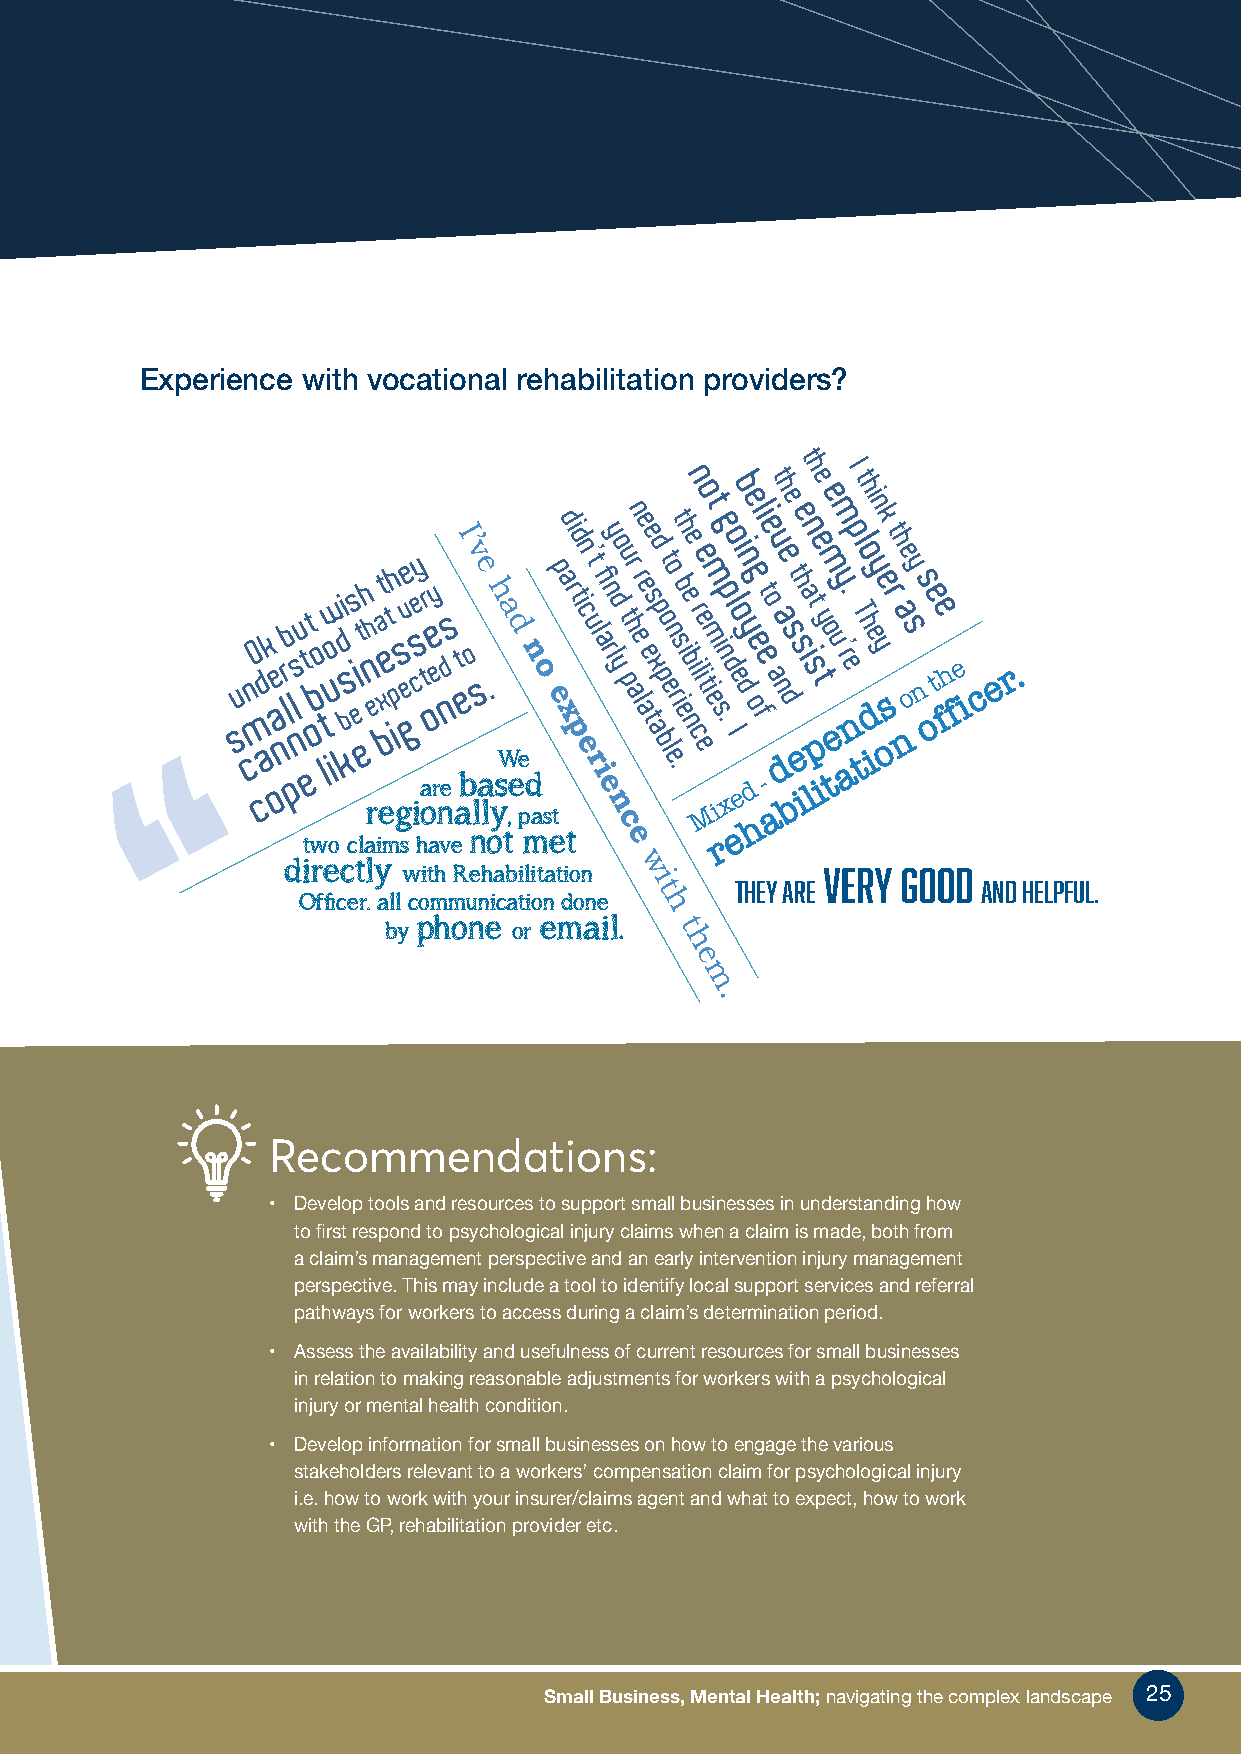
Experience with vocational rehabilitation providers?
 t
 h  I
 su cn mO cd ak e oa nr lb pls
 n
 u t et o bo lt iow u i d b
 k
 ss i et eh
 r
 nh e et a x bet ih p gs eve g
 i
 ce sy
 a
 or t oe rey
 n
 ed ns I
 a
 ’ t bv ee o
 l
 s
 a
 lh . ya sWd
 ,e
 n
 pe
 do
 a
 e sp x tad r pi d ti en c’ u rt l ifi a erny l nd yo u t phr an e lr ae e ee ts x ad p p
 b
 ot e lo n er .s it b eh ie b
 nen
 i
 c
 r le io e etm m it e
 M
 sig p n .
 i
 do l o Ie ib xn y de eg e ol fei dte o v a
 -
 at
 neh as de t ds e h bin a s
 e
 ite t
 e
 lym e o
 p
 ium y ’ tr. eep l T
 at
 o nhh y tei n ye ik d r t oah se s y
 n
 os e ne ot h ffie c e r.
 two claims have not met c e r e h
 directly
 with Rehabilitation w      very  good
 i
 Officer. all communication done t They are   and helpful.
 h
 phone   email.
 by       or         t
 h
 e
 m
 .
 Recommendations:
 • Develop tools and resources to support small businesses in understanding how
 to first respond to psychological injury claims when a claim is made, both from
 a claim’s management perspective and an early intervention injury management
 perspective. This may include a tool to identify local support services and referral
 pathways for workers to access during a claim’s determination period.
 • Assess the availability and usefulness of current resources for small businesses
 in relation to making reasonable adjustments for workers with a psychological
 injury or mental health condition.
 • Develop information for small businesses on how to engage the various
 stakeholders relevant to a workers’ compensation claim for psychological injury
 i.e. how to work with your insurer/claims agent and what to expect, how to work
 with the GP, rehabilitation provider etc.
 SSmmaallll BBuussiinneessss,, MMeennttaall HHeeaalltthh;; nnaavviiggaattiinngg tthhee ccoommpplleexx llaannddssccaappee 2255